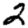
Digit: 2